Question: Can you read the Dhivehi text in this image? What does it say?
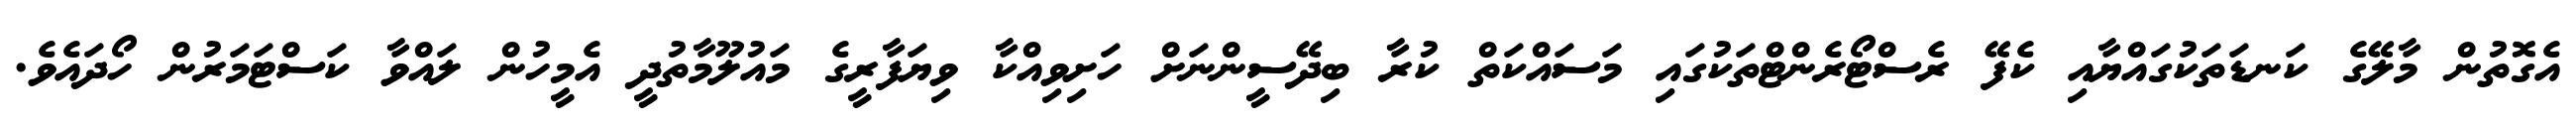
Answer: އެގޮތުން މާލޭގެ ކަނޑަތަކުގައްޔާއި ކެފޭ ރެސްޓޯރެންޓްތަކުގައި މަސައްކަތް ކުރާ ބިދޭސީންނަށް ހަށިވިއްކާ ވިޔަފާރީގެ މައުލޫމާތުދީ އެމީހުން ލައްވާ ކަސްޓަމަރުން ހޯދައެވެ.